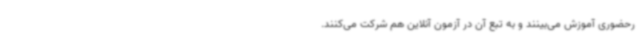
رحضوری آموزش می‌بینند و به تبع آن در آزمون آنلاین هم شرکت می‌کنند.